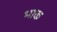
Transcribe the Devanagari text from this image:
भाक